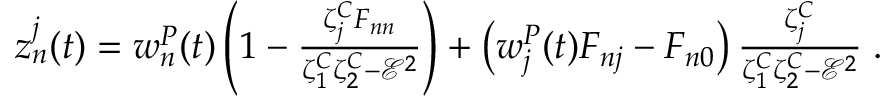
\begin{array} { r } { z _ { n } ^ { j } ( t ) = w _ { n } ^ { P } ( t ) \left( 1 - \frac { \zeta _ { j } ^ { C } F _ { n n } } { \zeta _ { 1 } ^ { C } \zeta _ { 2 } ^ { C } - \mathcal { E } ^ { 2 } } \right) + \left( w _ { j } ^ { P } ( t ) F _ { n j } - F _ { n 0 } \right) \frac { \zeta _ { j } ^ { C } } { \zeta _ { 1 } ^ { C } \zeta _ { 2 } ^ { C } - \mathcal { E } ^ { 2 } } \; . } \end{array}